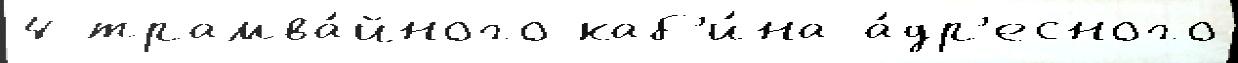
4 трамва́йного каб'и́на а́др'есного